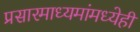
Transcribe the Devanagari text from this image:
प्रसारमाध्यमांमध्येही